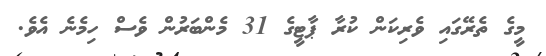
މީގެ ތެރޭގައި ވެރިކަން ކުރާ ޕާޓީގެ 31 މެންބަރުން ވެސް ހިމެނެ އެވެ.